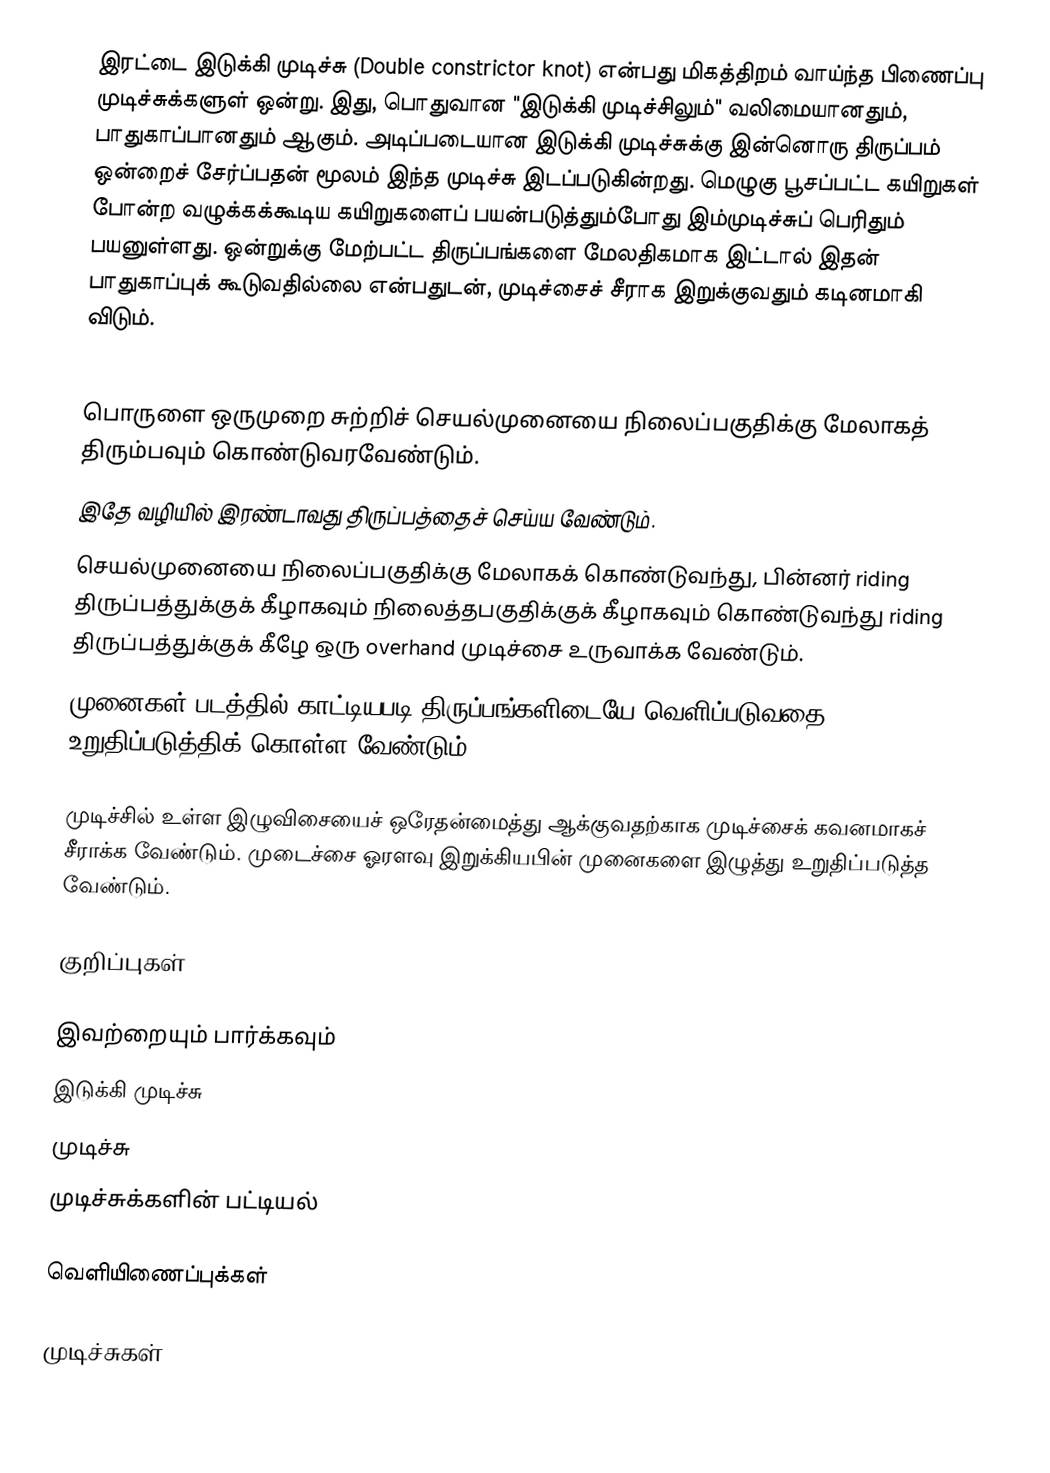
இரட்டை இடுக்கி முடிச்சு (Double constrictor knot) என்பது மிகத்திறம் வாய்ந்த பிணைப்பு முடிச்சுக்களுள் ஒன்று. இது, பொதுவான "இடுக்கி முடிச்சிலும்" வலிமையானதும், பாதுகாப்பானதும் ஆகும். அடிப்படையான இடுக்கி முடிச்சுக்கு இன்னொரு திருப்பம் ஒன்றைச் சேர்ப்பதன் மூலம் இந்த முடிச்சு இடப்படுகின்றது. மெழுகு பூசப்பட்ட கயிறுகள் போன்ற வழுக்கக்கூடிய கயிறுகளைப் பயன்படுத்தும்போது இம்முடிச்சுப் பெரிதும் பயனுள்ளது. ஒன்றுக்கு மேற்பட்ட திருப்பங்களை மேலதிகமாக இட்டால் இதன் பாதுகாப்புக் கூடுவதில்லை என்பதுடன், முடிச்சைச் சீராக இறுக்குவதும் கடினமாகி விடும்.

 பொருளை ஒருமுறை சுற்றிச் செயல்முனையை நிலைப்பகுதிக்கு மேலாகத் திரும்பவும் கொண்டுவரவேண்டும்.
 இதே வழியில் இரண்டாவது திருப்பத்தைச் செய்ய வேண்டும்.
 செயல்முனையை நிலைப்பகுதிக்கு மேலாகக் கொண்டுவந்து, பின்னர் riding திருப்பத்துக்குக் கீழாகவும் நிலைத்தபகுதிக்குக் கீழாகவும் கொண்டுவந்து riding திருப்பத்துக்குக் கீழே ஒரு overhand முடிச்சை உருவாக்க வேண்டும்.
 முனைகள் படத்தில் காட்டியபடி திருப்பங்களிடையே வெளிப்படுவதை உறுதிப்படுத்திக் கொள்ள வேண்டும்.

முடிச்சில் உள்ள இழுவிசையைச் ஒரேதன்மைத்து ஆக்குவதற்காக முடிச்சைக் கவனமாகச் சீராக்க வேண்டும். முடைச்சை ஓரளவு இறுக்கியபின் முனைகளை இழுத்து உறுதிப்படுத்த வேண்டும்.

குறிப்புகள்

இவற்றையும் பார்க்கவும்
 இடுக்கி முடிச்சு
 முடிச்சு
 முடிச்சுக்களின் பட்டியல்

வெளியிணைப்புக்கள்

முடிச்சுகள்